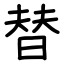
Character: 替